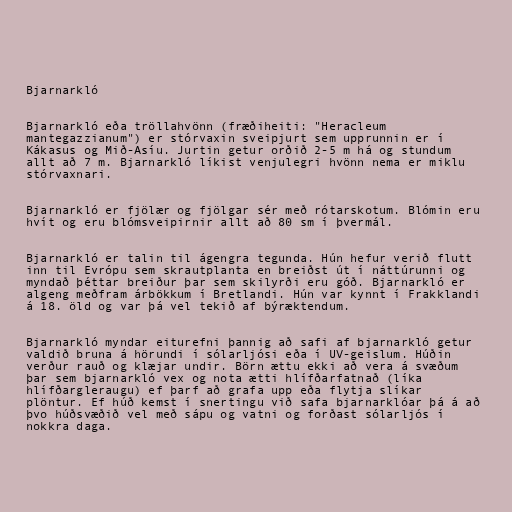
Bjarnarkló

Bjarnarkló eða tröllahvönn (fræðiheiti: "Heracleum
mantegazzianum") er stórvaxin sveipjurt sem upprunnin er í
Kákasus og Mið-Asíu. Jurtin getur orðið 2-5 m há og stundum
allt að 7 m. Bjarnarkló líkist venjulegri hvönn nema er miklu
stórvaxnari.

Bjarnarkló er fjölær og fjölgar sér með rótarskotum. Blómin eru
hvít og eru blómsveipirnir allt að 80 sm í þvermál.

Bjarnarkló er talin til ágengra tegunda. Hún hefur verið flutt
inn til Evrópu sem skrautplanta en breiðst út í náttúrunni og
myndað þéttar breiður þar sem skilyrði eru góð. Bjarnarkló er
algeng meðfram árbökkum í Bretlandi. Hún var kynnt í Frakklandi
á 18. öld og var þá vel tekið af býræktendum.

Bjarnarkló myndar eiturefni þannig að safi af bjarnarkló getur
valdið bruna á hörundi í sólarljósi eða í UV-geislum. Húðin
verður rauð og klæjar undir. Börn ættu ekki að vera á svæðum
þar sem bjarnarkló vex og nota ætti hlífðarfatnað (líka
hlífðargleraugu) ef þarf að grafa upp eða flytja slíkar
plöntur. Ef húð kemst í snertingu við safa bjarnarklóar þá á að
þvo húðsvæðið vel með sápu og vatni og forðast sólarljós í
nokkra daga.